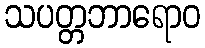
သပတ္တဘာရောဝ